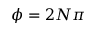
\phi = 2 N \pi